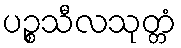
ပဉ္စသီလသုတ္တံ